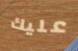
عليك